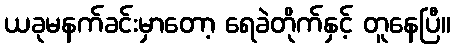
ယခုမနက်ခင်းမှာတော့ ရေခဲတိုက်နှင့် တူနေပြီ။